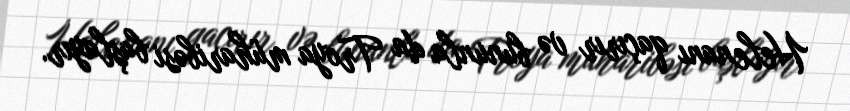
Helenanı qaçırır və bununla da Troya müharibəsi başlayır.